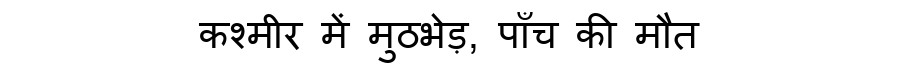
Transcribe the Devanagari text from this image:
कश्मीर में मुठभेड़, पाँच की मौत